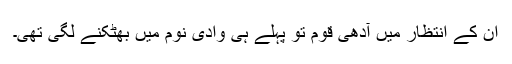
ان کے انتظار میں آدھی قوم تو پہلے ہی وادی نوم میں بھٹکنے لگی تھی۔